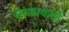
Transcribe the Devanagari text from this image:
सांख्यकर्ता